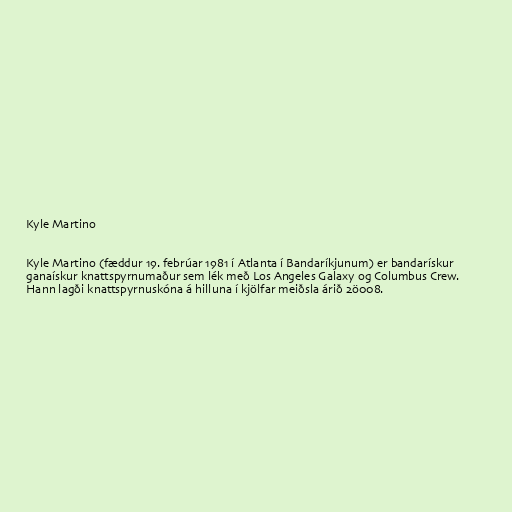
Kyle Martino

Kyle Martino (fæddur 19. febrúar 1981 í Atlanta í Bandaríkjunum) er bandarískur
ganaískur knattspyrnumaður sem lék með Los Angeles Galaxy og Columbus Crew.
Hann lagði knattspyrnuskóna á hilluna í kjölfar meiðsla árið 2ö008.